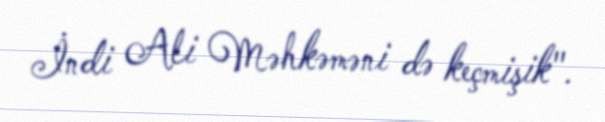
İndi Ali Məhkəməni də keçmişik".